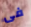
فى